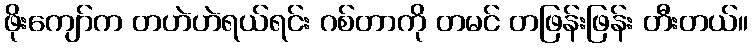
ဖိုးကျော်က တဟဲဟဲရယ်ရင်း ဂစ်တာကို တမင် တဖြန်းဖြန်း တီးတယ်။